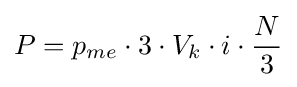
P=p_{me}\cdot 3\cdot V_{k}\cdot i\cdot {N \over 3}